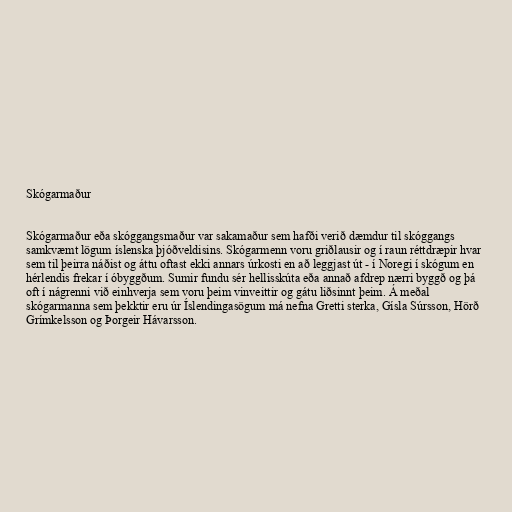
Skógarmaður

Skógarmaður eða skóggangsmaður var sakamaður sem hafði verið dæmdur til skóggangs
samkvæmt lögum íslenska þjóðveldisins. Skógarmenn voru griðlausir og í raun réttdræpir hvar
sem til þeirra náðist og áttu oftast ekki annars úrkosti en að leggjast út - í Noregi í skógum en
hérlendis frekar í óbyggðum. Sumir fundu sér hellisskúta eða annað afdrep nærri byggð og þá
oft í nágrenni við einhverja sem voru þeim vinveittir og gátu liðsinnt þeim. Á meðal
skógarmanna sem þekktir eru úr Íslendingasögum má nefna Gretti sterka, Gísla Súrsson, Hörð
Grímkelsson og Þorgeir Hávarsson.